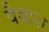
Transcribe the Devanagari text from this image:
वैबाश